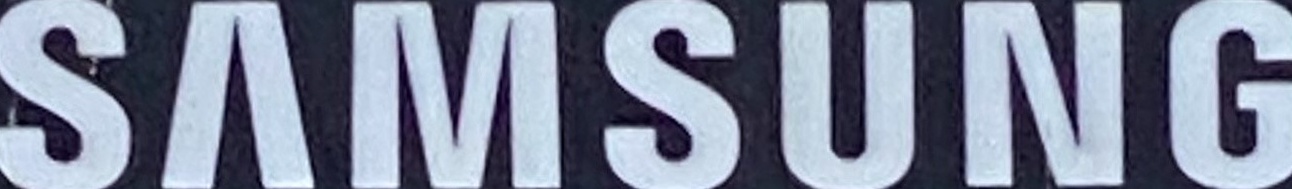
SAMSUNG